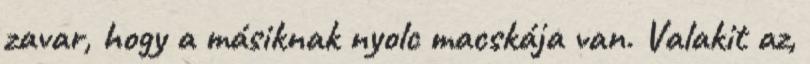
zavar, hogy a másiknak nyolc macskája van. Valakit az,